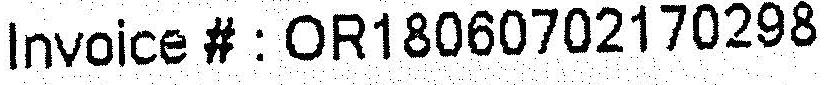
INVOICE # : OR18060702170298